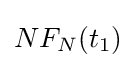
NF_{N}(t_{1})